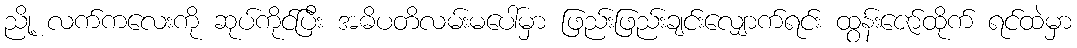
ညို့ လက်ကလေးကို ဆုပ်ကိုင်ပြီး အဓိပတိလမ်းမပေါ်မှာ ဖြည်းဖြည်းချင်းလျှောက်ရင်း ထွန်းဇော်ထိုက် ရင်ထဲမှာ